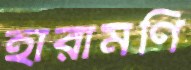
হারামণি